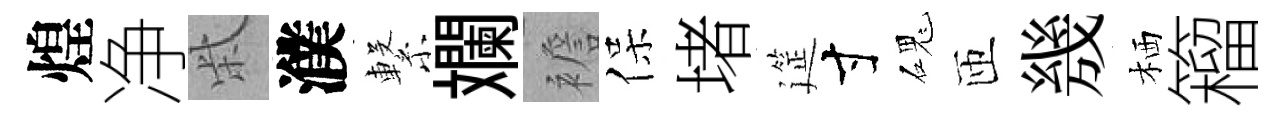
煌净柴濮繋斕襜保堵筵寸磈匝㡬栖籕